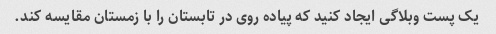
یک پست وبلاگی ایجاد کنید که پیاده روی در تابستان را با زمستان مقایسه کند.